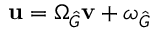
\mathbf { u } = \Omega _ { \hat { G } } \mathbf { v } + \omega _ { \hat { G } }